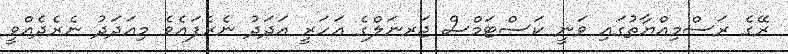
ރޭގެ ރަސްމިއްޔާތުގައި ވަނީ ކަސްޓަމްސް ޖަރނަލްގެ އަހަރީ އަދަދު ނެރެފައެވެ މިއަދަދު ނެރެދެއްވީ